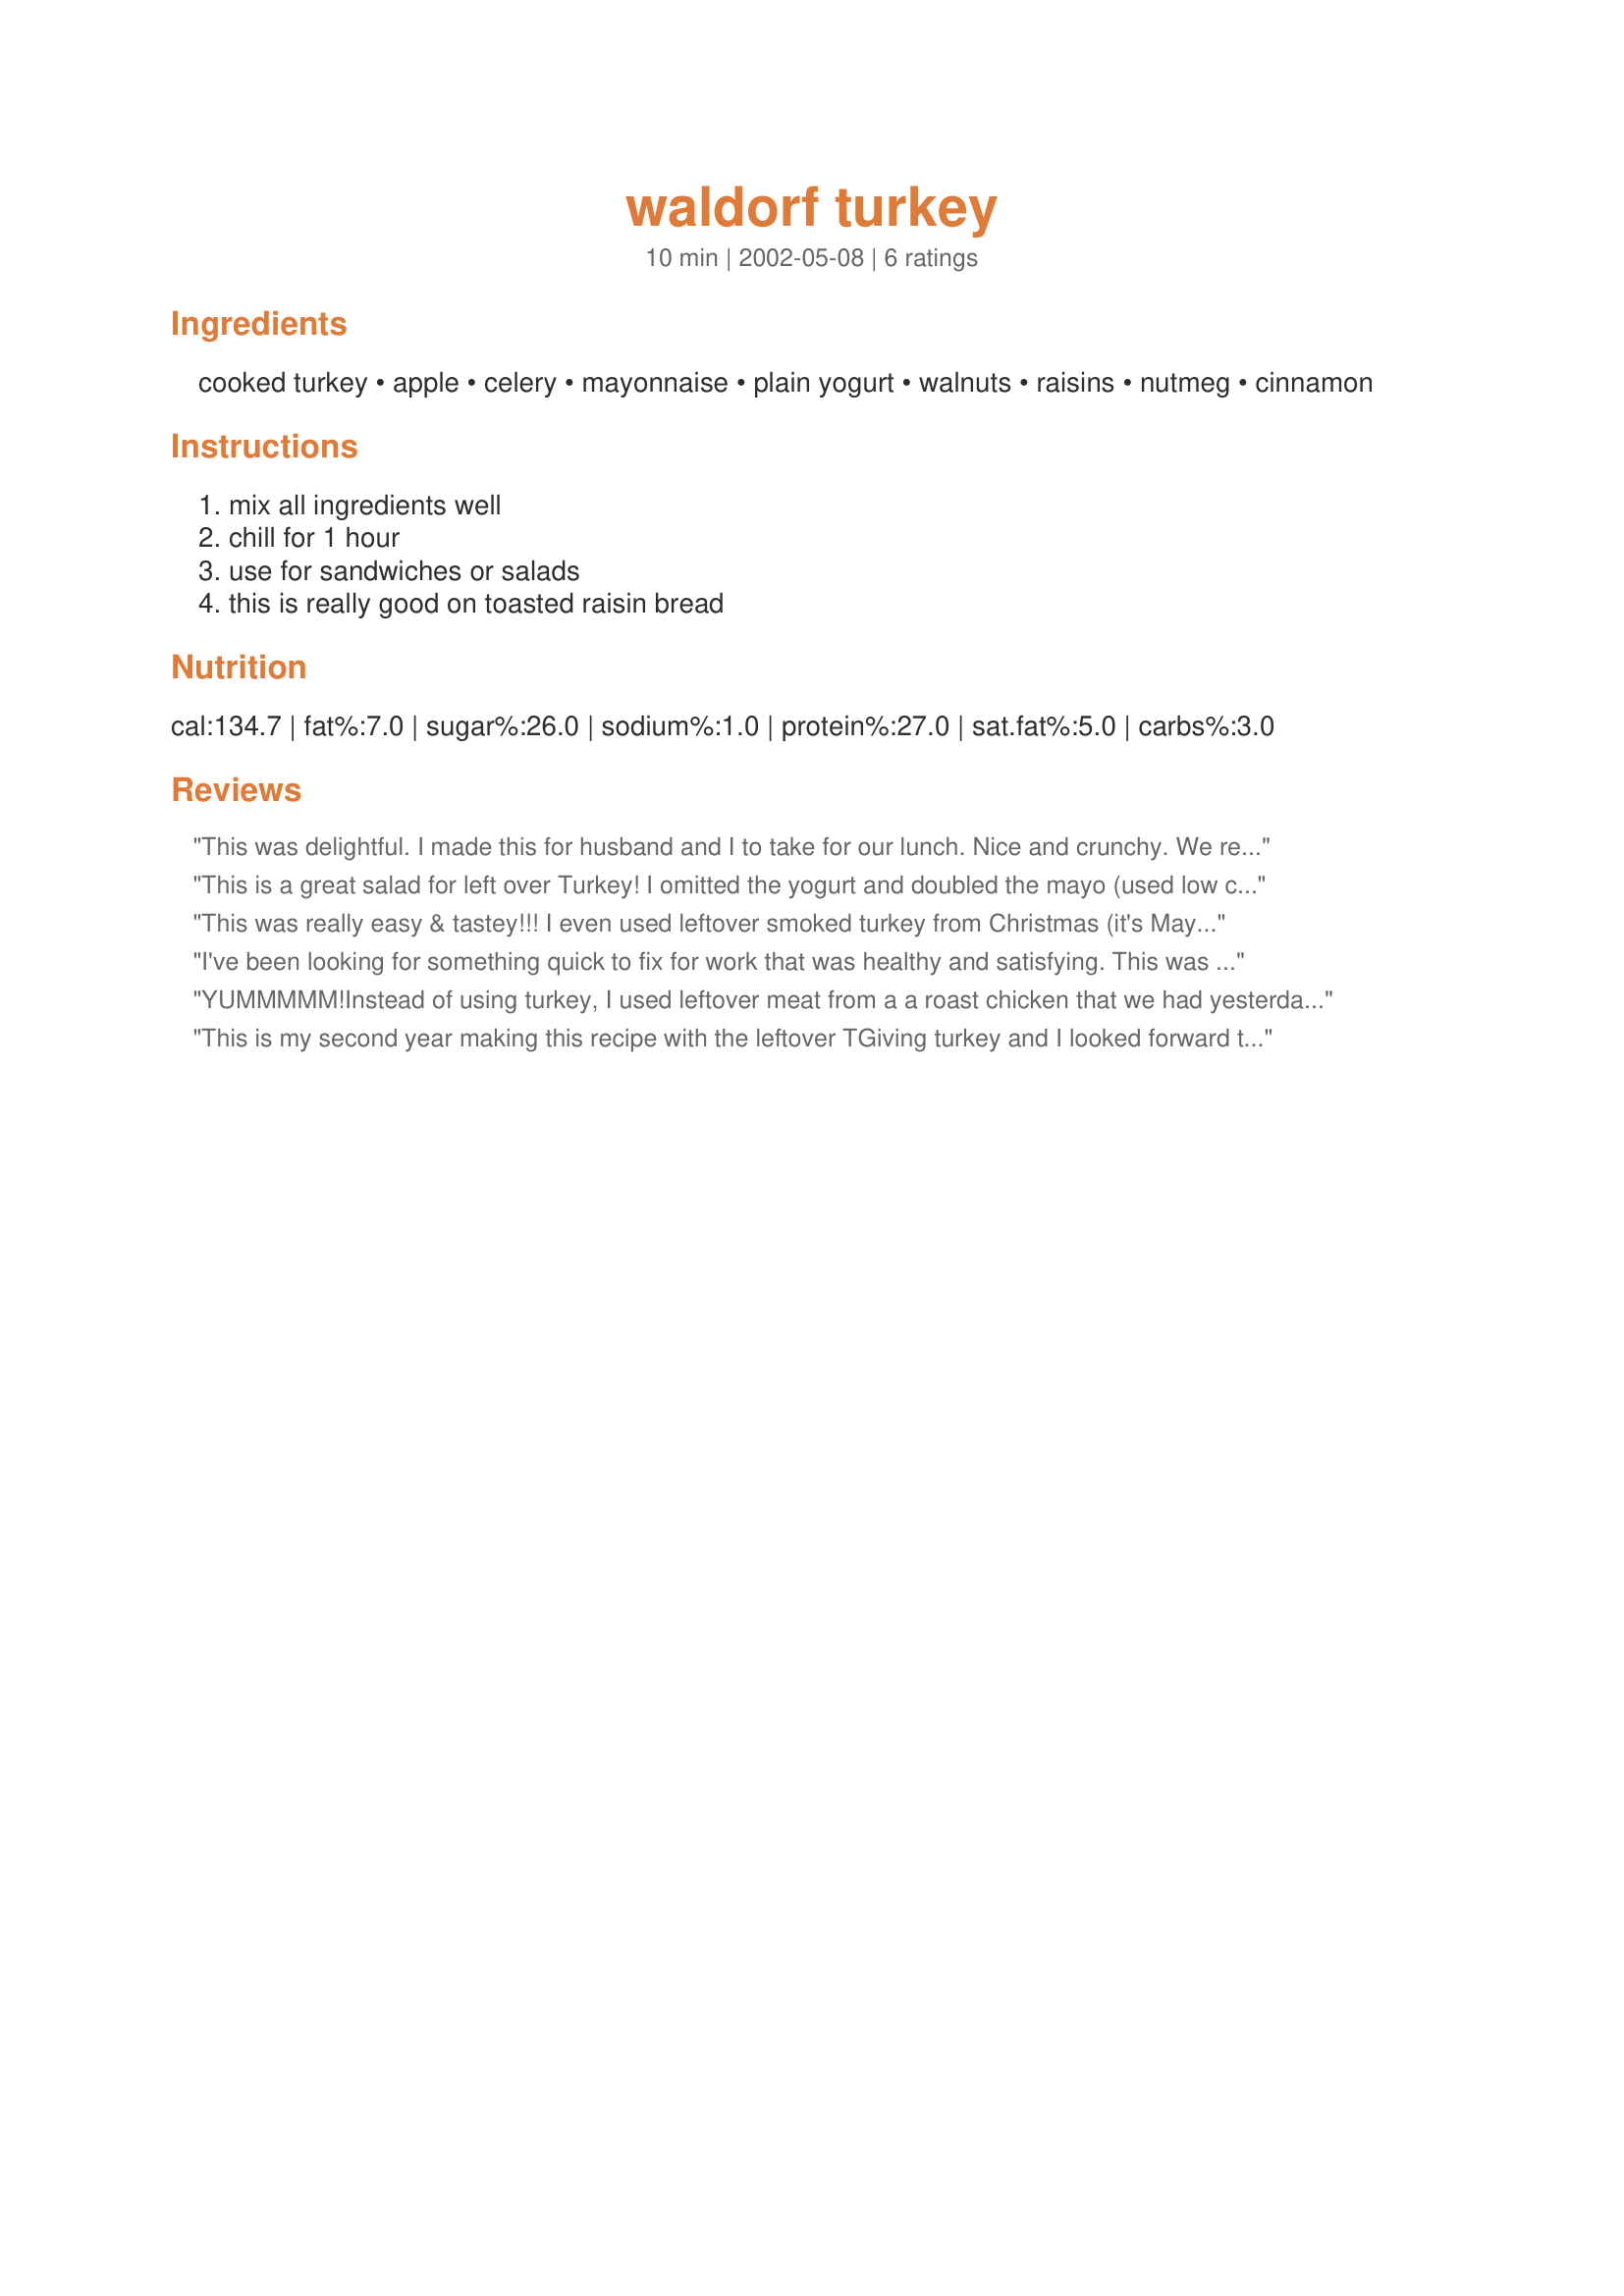
waldorf turkey
Preparation time: 10 minutes

Ingredients:
cooked turkey, apple, celery, mayonnaise, plain yogurt, walnuts, raisins, nutmeg, cinnamon

Steps:
mix all ingredients well, chill for 1 hour, use for sandwiches or salads, this is really good on toasted raisin bread

Reviews:
This was delightful. I made this for husband and I to take for our lunch. Nice and crunchy. We really enjoyed the nutmeg-cinnamon flavor. I did as you suggested and made sandwiches with toasted raisin bread. Yummy and I got lots of inquiries from co-workers. I just printed up copies of your recipe and spread the good word. Thanks Inez.
This is a great salad for left over Turkey! I omitted the yogurt and doubled the mayo (used low cal). I wasn't real keen on the nutmeg flavor and will probably omit it next time but overall, this is a keeper recipe!
This was really easy & tastey!!! I even used leftover smoked turkey from Christmas (it's May!) and the flavors still blended very, very well. We put it on top of spinach leaves for a nice, light, cool dinner. I love how I had most items already..including the turkey from the freezer! I'll use this all summer long!! Thanx for sharing! ALISON
I've been looking for something quick to fix for work that was healthy and satisfying. This was all that and MORE! It was absolutely delicious. I used canned chicken breast instead of turkey only because I didn't have turkey, and it was great!
YUMMMMM!Instead of using turkey, I used leftover meat from a a roast chicken that we had yesterday for this recipe. Other than that, I followed the recipe exactly (including serving it between slices of toasted raisin bread). It was PERFECTION! It was crunchy and delicious,and the cinnamon and nutmeg flavors really added something special. I can't wait to make it again!Thank you so much for sharing!
This is my second year making this recipe with the leftover TGiving turkey and I looked forward to eating this the next day almost as much as the TGiving meal itself! It is really perfect as written. The yogurt lightens it up nicely and the little bit of spice at the end gives it a tasty difference. Thanks, MizzNezz! This is now one of my favorite recipes!
